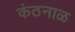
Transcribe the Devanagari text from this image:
कंठनाळ